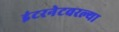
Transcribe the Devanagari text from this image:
इंटरनेटवरल्या